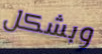
وبشكل